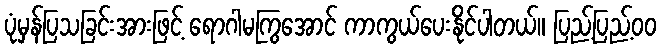
ပုံမှန်ပြသခြင်းအားဖြင့် ရောဂါမကြွအောင် ကာကွယ်ပေးနိုင်ပါတယ်။ ပြည့်ပြည့်ဝဝ